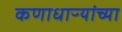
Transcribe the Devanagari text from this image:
कणाधाऱ्यांच्या